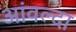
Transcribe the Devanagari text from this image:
आंवल्दा